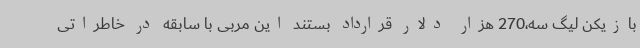
بازیکن لیگ سه،270 هزار دلار قرارداد بستند این مربی با سابقه در خاطراتی